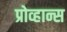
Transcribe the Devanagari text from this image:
प्रोव्हान्स